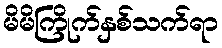
မိမိကြိုက်နှစ်သက်ရာ